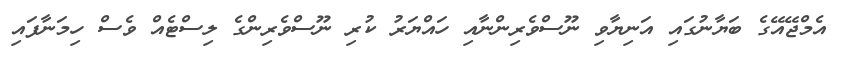
އެމްޖޭއޭގެ ބަޔާނުގައި އަނިޔާވި ނޫސްވެރިންނާއި ހައްޔަރު ކުރި ނޫސްވެރިންގެ ލިސްޓެއް ވެސް ހިމަނާފައި